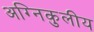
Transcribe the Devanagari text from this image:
अग्निकुलीय